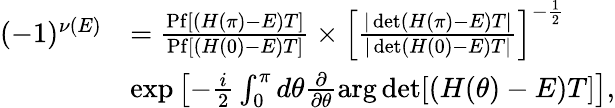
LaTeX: \begin{array}{rl}{(-1)^{\nu(E)}}&{=\frac{\mathrm{Pf}[(H(\pi)-E)T]}{\mathrm{Pf}[(H(0)-E)T]}\times\left[\frac{|\operatorname*{det}(H(\pi)-E)T|}{|\operatorname*{det}(H(0)-E)T|}\right]^{-\frac{1}{2}}}\\ &{\exp\left[-\frac{i}{2}\int_{0}^{\pi}d\theta\frac{\partial}{\partial\theta}\mathrm{arg}\operatorname*{det}[(H(\theta)-E)T]\right],}\end{array}